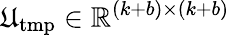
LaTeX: \mathfrak{U}_{\mathrm{{tmp}}}\in\mathbb{{R}}^{(k+b)\times(k+b)}